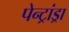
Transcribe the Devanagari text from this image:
पेन्ट्रांड्रा